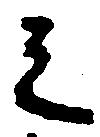
之